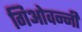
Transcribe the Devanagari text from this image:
गिओवन्नी